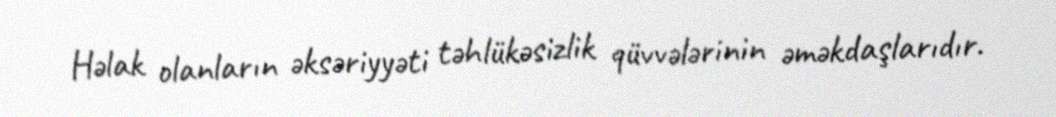
Həlak olanların əksəriyyəti təhlükəsizlik qüvvələrinin əməkdaşlarıdır.